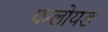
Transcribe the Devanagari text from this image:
फलोयड